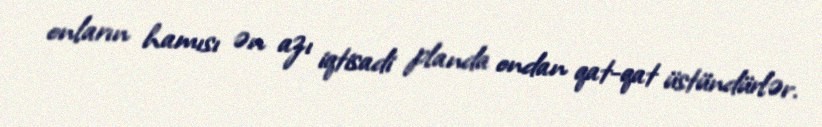
onların hamısı ən azı iqtisadi planda ondan qat-qat üstündürlər.